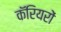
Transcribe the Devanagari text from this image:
कॅरियरों